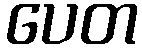
ပေတ